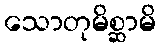
သောတုမိစ္ဆာမိ